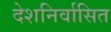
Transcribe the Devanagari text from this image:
देशनिर्वासित